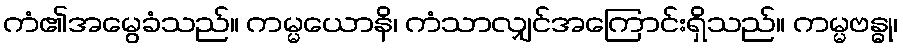
ကံ၏အမွေခံသည်။ ကမ္မယောနိ၊ ကံသာလျှင်အကြောင်းရှိသည်။ ကမ္မဗန္ဓု၊